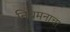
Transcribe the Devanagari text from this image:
नियमनाचा